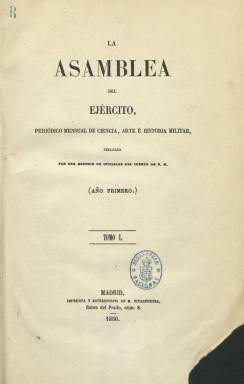
Título: La Asamblea del ejército
Colección: Fuerzas armadas || Historia
Ámbito geográfico: Madrid
Lugar de publicación: Madrid
Fechas: 01/01/1856-31/12/1859

Es un “periódico mensual de ciencia, arte e historia militar” y de carácter puramente profesional publicado por una “reunión de oficiales del Cuerpo de Estado Mayor”. Tuvo dos épocas, la primera con este título, desde 1856 a 1859, y, la segunda, con el de La Asamblea del ejército y la armada, desde 1861 a 1867, que también forma parte de la colección de la Biblioteca nacional de España. Aparece como editor responsable Mariano Vicente del Castillo

Sus entregas mensuales son en torno a las ochenta y ocho o más páginas, formando tomos anuales, aunque en 1857 se forman dos tomos, que con foliación continuada suman entre quinientas o más de seiscientas páginas cada uno, compuestas a una columna. Al final de cada tomo se incluye un índice de materias contenidas en el mismo. En esta su primera época fue estampado en la Imprenta y Estereotipia de M. Rivadeneyra, y el último tomo en la de R. Campuzano

Contiene extensos artículos doctrinales, sobre enseñanza, organización, administración, geografía, cartografía, topografía, historia, técnica, armamento, literatura, transportes o estudios comparados, y tiene las secciones fijas Crónica interior y Crónica exterior, además de una Revista bibliográfica. También publica alguna memoria y discurso y una serie de documentos correspondientes a la guerra de Italia.

Destacan también en esta publicación las láminas y planos que inserta fuera de texto y que se refieren a sus artículos, como los del Campo de Saint-Médard; los de las batallas de Vitoria de 1813 o de Tudela de 1808: los de las ciudades de Madrid, Barcelona, Medina de Rioseco o La Habana; los de maniobras en la dehesa de los Carabancheles, de 1856; o las de una serie de uniformes militares. Asimismo inserta entre sus textos una gran variedad de cuadros estadísticos.